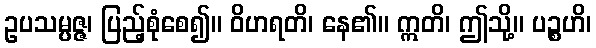
ဥပသမ္ပဇ္ဇ၊ ပြည့်စုံစေ၍။ ဝိဟရတိ၊ နေ၏။ ဣတိ၊ ဤသို့။ ပဉ္စဟိ၊